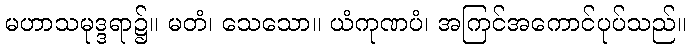
မဟာသမုဒ္ဒရာ၌။ မတံ၊ သေသော။ ယံကုဏပံ၊ အကြင်အကောင်ပုပ်သည်။